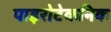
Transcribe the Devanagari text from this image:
पाइरोटेकनिक